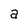
Character: a